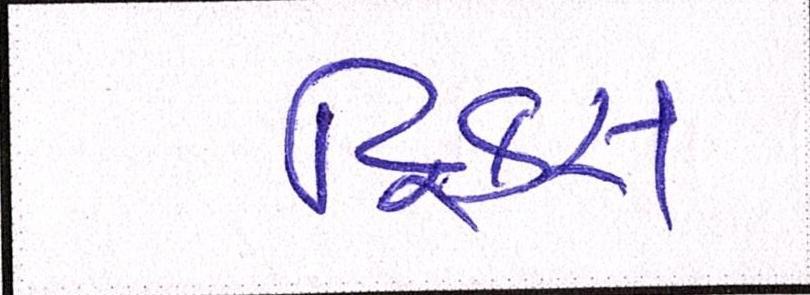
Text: ટ્રિક્સ